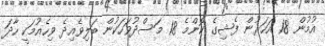
އުމުން 18 އަހަރުން ފެޝިގެ ކޮންމެ 18 މަސްދުވަހަކުން ބަލިވެއިދެ ވިހެއުމަކީ ހާދަ